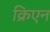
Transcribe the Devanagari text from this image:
क्रिएन